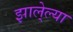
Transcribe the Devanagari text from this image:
झाले्ल्या